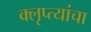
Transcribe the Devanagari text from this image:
क्लृप्त्यांचा